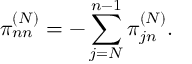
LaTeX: \pi _ { n n } ^ { ( N ) } = - \sum _ { j = N } ^ { n - 1 } \pi _ { j n } ^ { ( N ) } .